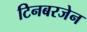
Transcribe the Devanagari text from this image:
टिनबरजेन